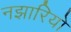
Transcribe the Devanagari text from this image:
नझारियो